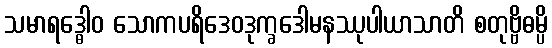
သမာရဒ္ဓေါဝ သောကပရိဒေဝဒုက္ခဒေါမနဿုပါယာသာတိ စတုဗ္ဗိဓမ္ပိ